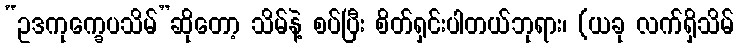
“ဥဒကုက္ခေပသိမ်”ဆိုတော့ သိမ်နဲ့ စပ်ပြီး စိတ်ရှင်းပါတယ်ဘုရား၊ (ယခု လက်ရှိသိမ်